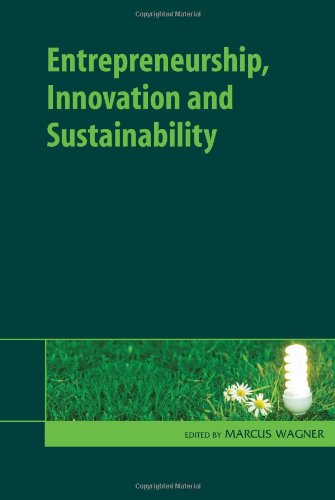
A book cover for Entrepreneurship, Innovation and Sustainability; Law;